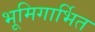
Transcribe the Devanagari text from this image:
भूमिगार्भित